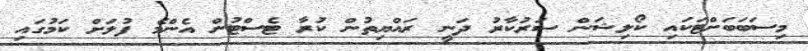
މިސަބަބަށްޓަކައި ކޯލިޝަން ސަރުކާރު ދަނީ ރައްޔިތުން ކުރާ ޓެސްޓުން އެންމެ ފުލަށް ކަމުގައި